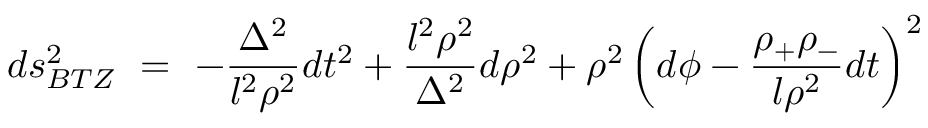
d s _ { B T Z } ^ { 2 } ~ = ~ - \frac { \Delta ^ { 2 } } { l ^ { 2 } \rho ^ { 2 } } d t ^ { 2 } + \frac { l ^ { 2 } \rho ^ { 2 } } { \Delta ^ { 2 } } d \rho ^ { 2 } + \rho ^ { 2 } \left( d \phi - \frac { \rho _ { + } \rho _ { - } } { l \rho ^ { 2 } } d t \right) ^ { 2 }